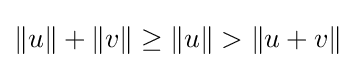
\|u\|+\|v\|\geq \|u\|>\|u+v\|